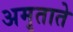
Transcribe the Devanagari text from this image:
अमृताते